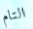
التام